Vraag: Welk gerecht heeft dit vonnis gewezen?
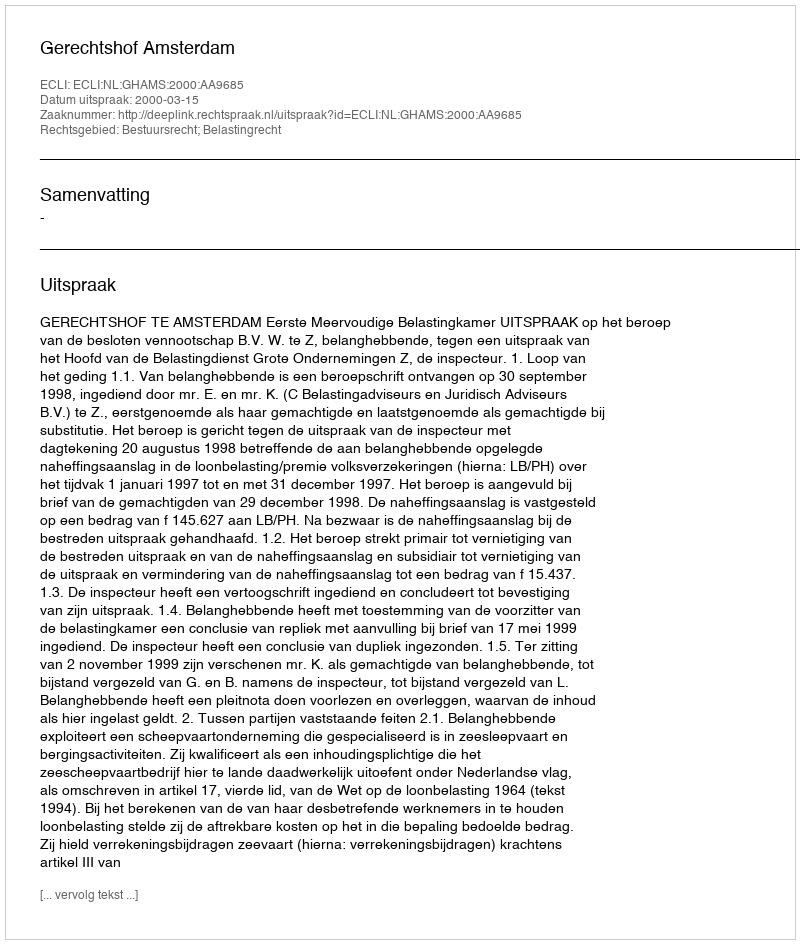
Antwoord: Gerechtshof Amsterdam